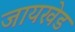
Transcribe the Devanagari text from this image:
जायखेड